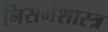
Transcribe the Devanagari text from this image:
निसर्गशास्त्र